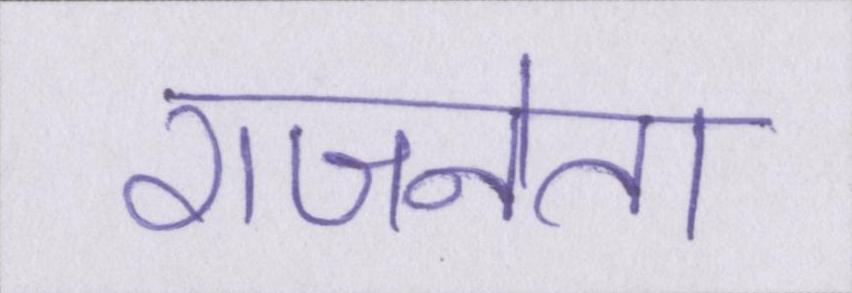
राजनेता